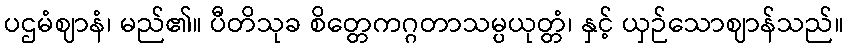
ပဌမံဈာနံ၊ မည်၏။ ပီတိသုခ စိတ္တေကဂ္ဂတာသမ္ပယုတ္တံ၊ နှင့် ယှဉ်သောဈာန်သည်။